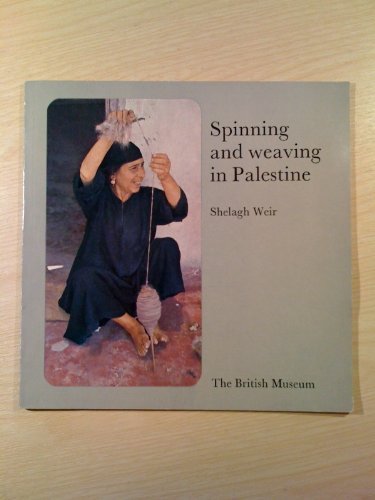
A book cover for Spinning and Weaving in Palestine; Shelagh Weir; Crafts, Hobbies & Home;